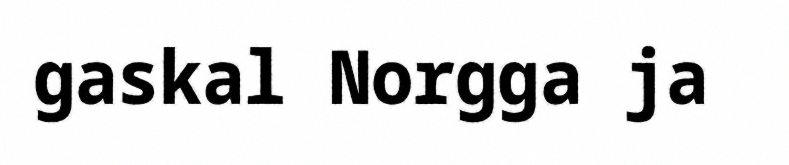
gaskal Norgga ja